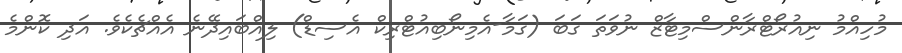
މުހިއްމު ނިއުރޯޓްރާންސްމިޓާޒް ނުވަތަ ގަބަ (ގަމާ-އެމިނޯބިއުޓްރިކް އެސިޑް) ލިއްބައިދޭނެ އެއްޗެކެވެ. އަދި ކޮންމެ